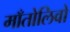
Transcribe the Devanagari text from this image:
माँतोलिवो